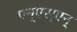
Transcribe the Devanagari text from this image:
एम्‌एस्‌एन्‌